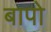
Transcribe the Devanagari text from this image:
बापो